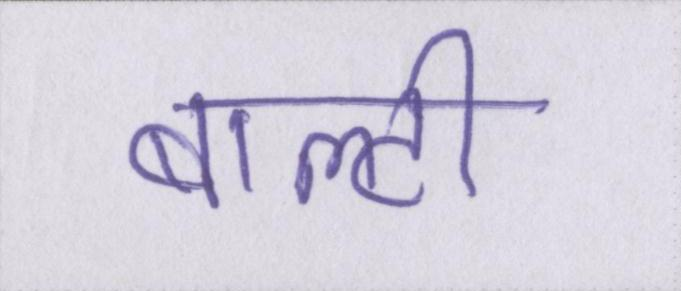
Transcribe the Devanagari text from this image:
बाल्टी